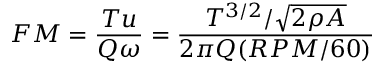
F M = \frac { T u } { Q \omega } = \frac { T ^ { 3 / 2 } / \sqrt { 2 \rho A } } { 2 \pi Q ( R P M / 6 0 ) }